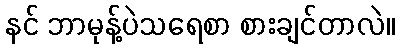
နင် ဘာမုန့်ပဲသရေစာ စားချင်တာလဲ။